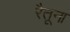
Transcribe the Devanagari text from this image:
रैतूना